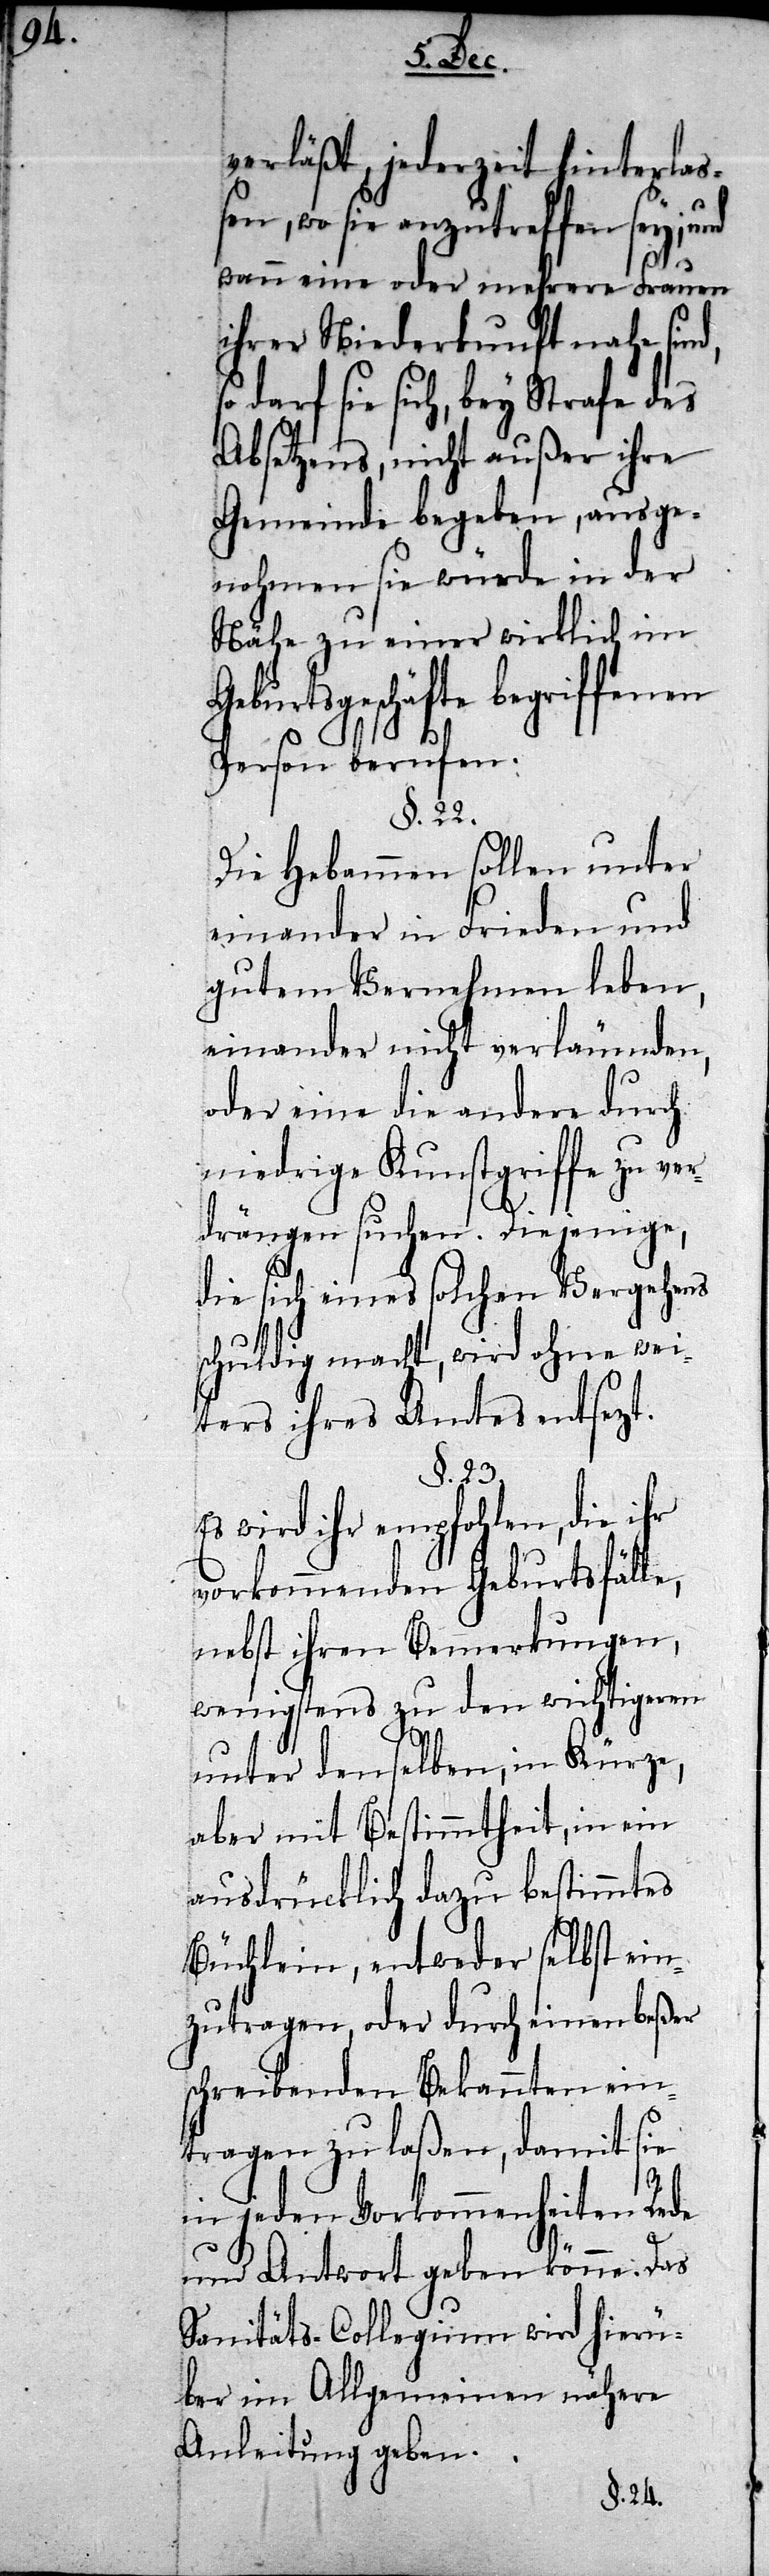
verläßt, jederzeit hinterlaß¬
en, wo sie anzutreffen sey;
wann eine oder mehrere Frauen
ihrer Niederkunft nahe sind,
darf sie sich, bey Strafe des
Absetzens, nicht außer ihre
Gemeinde begeben, ausge¬
nohmen sie würde in der
Nähe zu einer wirklich im
burtsgeschäfte begriffenen
Person berufen.
§. 22.
Die Hebammen sollen unter
einander in Frieden und
gutem Einvernehmen leben,
einander nicht verläumden,
oder eine die andere durch
niedrige Kunstgriffe zu ver¬
drängen suchen. Diejenige,
die sich eines solchen Vergehens
schuldig macht, wird ohne wei¬
ters ihres Amtes entsezt.
§. 23.
Es wird ihr empfohlen, die ihr
vorkommenden Geburtsfälle,
nebst ihren Bemerkungen,
wenigstens zu den wichtigeren
unter denselben, in Kürze,
aber mit Bestimmtheit, in ein
ausdrücklich dazu bestimmtes
Büchlein, entweder selbst ein¬
zutragen, oder durch einen beßer
schreibenden Bekannten ein¬
tragen zu laßen, damit sie
Ge¬
in jeden Vorkommenheiten Rede
und Antwort geben könne. Das
Sanitäts-Collegium wird hierü¬
ber im Allgemeinen nähere
Anleitung geben.